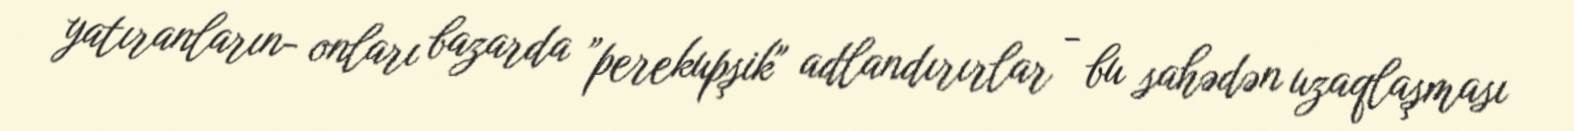
yatıranların- onları bazarda ”perekupşik" adlandırırlar - bu sahədən uzaqlaşması